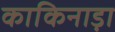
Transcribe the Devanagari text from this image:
काकिनाड़ा